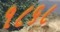
૧૮૬૮